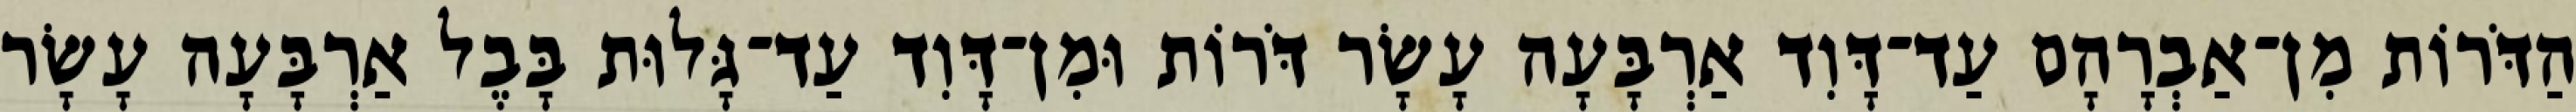
הַדֹּרוֹת מִן־אַבְרָהָם עַד־דָּוִד אַרְבָּעָה עָשָׂר דֹּרוֹת וּמִן־דָּוִד עַד־גָּלוּת בָּבֶל אַרְבָּעָה עָשָׂר